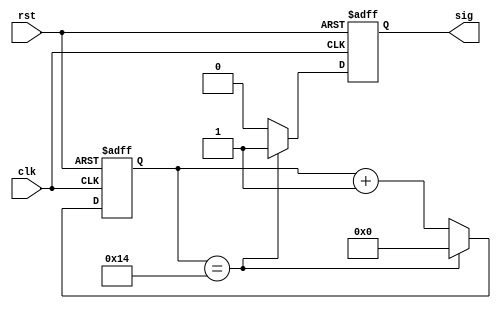
module clk_div #(

    // # of flip flops for clock division
    parameter   NUM_FF        = 20,

    // max count of flip flops before reset
    parameter   TOP           = 20

) (

    // Inputs
    input clk,
    input rst,

    // Outputs
    output reg sig
);

    reg [NUM_FF - 1: 0] count;              // registers for storing current count

    always @ (posedge clk or posedge rst) begin
        
        if (rst == 1'b1) begin
            count <= 0;                      // on rising edge of rst, reset counter
            sig <= 1'b0;                      // on rising edge of rst, reset signal
        end else if (count == TOP) begin
            count <= 0;                      // if counter reaches TOP, reset
            sig <= 1'b1;                     // if counter reaches max count, indicate output signal for one clock period
        end else begin
            count <= count + 1;              // else, on rising edge of clock, increment counter
            sig <= 1'b0;                     // if counter is not at max count, keep sig low
        end        
    end


endmodule